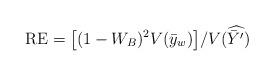
LaTeX: \begin{align*}\mbox{RE} = \big[ (1-W_B)^2 V(\bar{y}_w) \big]/V(\widehat{\bar{Y}'}) \end{align*}